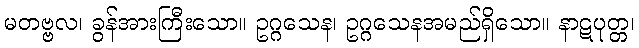
မတဗ္ဗလ၊ ခွန်အားကြီးသော။ ဥဂ္ဂသေန၊ ဥဂ္ဂသေနအမည်ရှိသော။ နာဋပုတ္တ၊